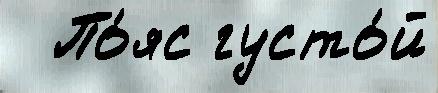
  По́яс густо́й